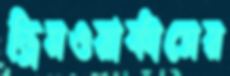
ড্রিমওয়ার্কাসের